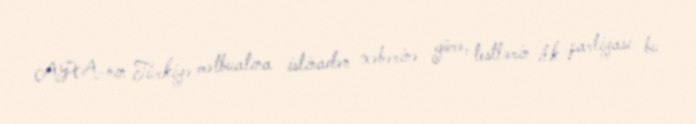
APA-nın Türkiyə mətbuatına istinadən xəbərinə görə, testlərin ilk partiyası bu